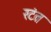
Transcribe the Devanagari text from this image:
रटंत